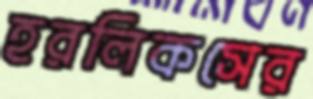
হরলিকসের